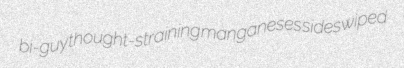
bi-guy thought-straining manganeses sideswiped